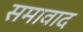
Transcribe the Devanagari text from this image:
समावाद